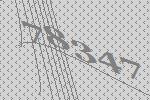
78347